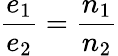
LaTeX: {\frac{e_{1}}{e_{2}}}={\frac{n_{1}}{n_{2}}}